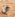
ان